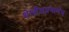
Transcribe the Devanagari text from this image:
थेलीसप्रमाणेच